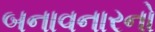
બનાવનારનો